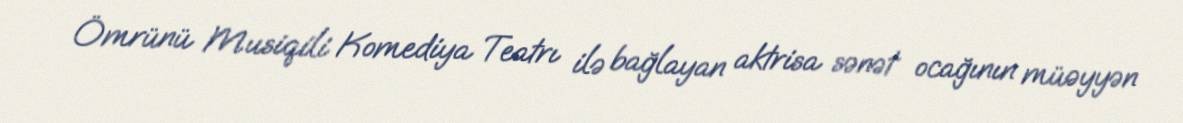
Ömrünü Musiqili Komediya Teatrı ilə bağlayan aktrisa sənət ocağının müəyyən